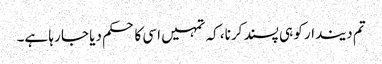
تم دیندار کو ہی پسند کرنا، کہ تمہیں اسی کا حکم دیا جا رہا ہے۔